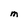
Character: M